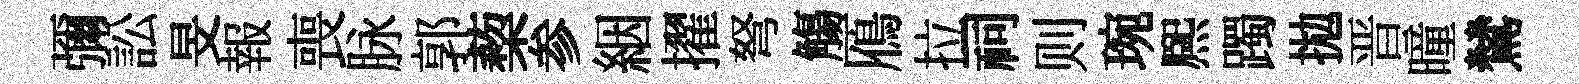
彌訟旻報喪脉郭蔾参絪擢弩觴鴈拉祠则琬熈躅拋晋曈鷥